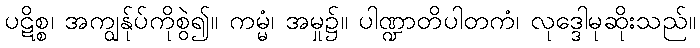
ပဋိစ္စ၊ အကျွန်ုပ်ကိုစွဲ၍။ ကမ္မံ၊ အမှု၌။ ပါဏ္ဍာတိပါတကံ၊ လုဒ္ဒေါမုဆိုးသည်။